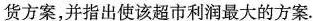
货方案，并指出使该超市利润最大的方案。